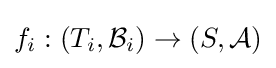
f_{i}:\left(T_{i},{\mathcal {B}}_{i}\right)\to (S,{\mathcal {A}})